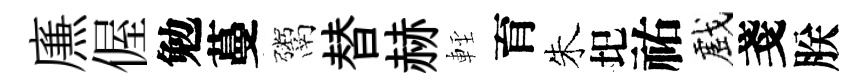
㢘偓勉蔓鬻替赫䡖育朱圯祐戲戔朕